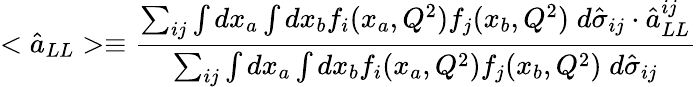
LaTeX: <\hat{a}_{LL}>\equiv\frac{\sum_{ij}\int dx_{a}\int dx_{b}f_{i}(x_{a},Q^{2})f_{j}(x_{b},Q^{2})\; d\hat{\sigma}_{ij}\cdot\hat{a}_{LL}^{ij}}{\sum_{ij}\int dx_{a}\int dx_{b}f_{i}(x_{a},Q^{2})f_{j}(x_{b},Q^{2})\; d\hat{\sigma}_{ij}}